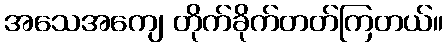
အသေအကျေ တိုက်ခိုက်တတ်ကြတယ်။